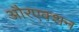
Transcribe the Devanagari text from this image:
औरएक्शन